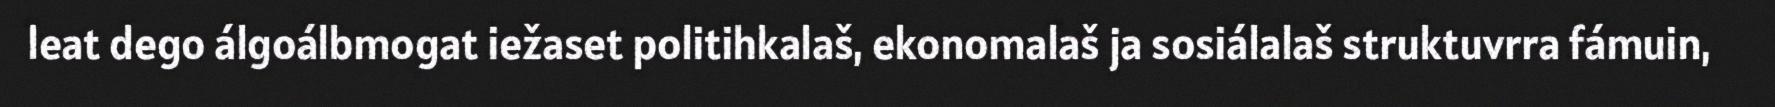
leat dego álgoálbmogat iežaset politihkalaš, ekonomalaš ja sosiálalaš struktuvrra fámuin,